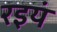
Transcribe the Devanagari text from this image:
रइयं